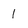
Character: l